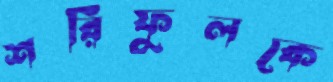
শরিফুলকে